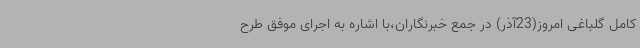
کامل گلباغی امروز(23آذر) در جمع خبرنگاران،با اشاره به اجرای موفق طرح